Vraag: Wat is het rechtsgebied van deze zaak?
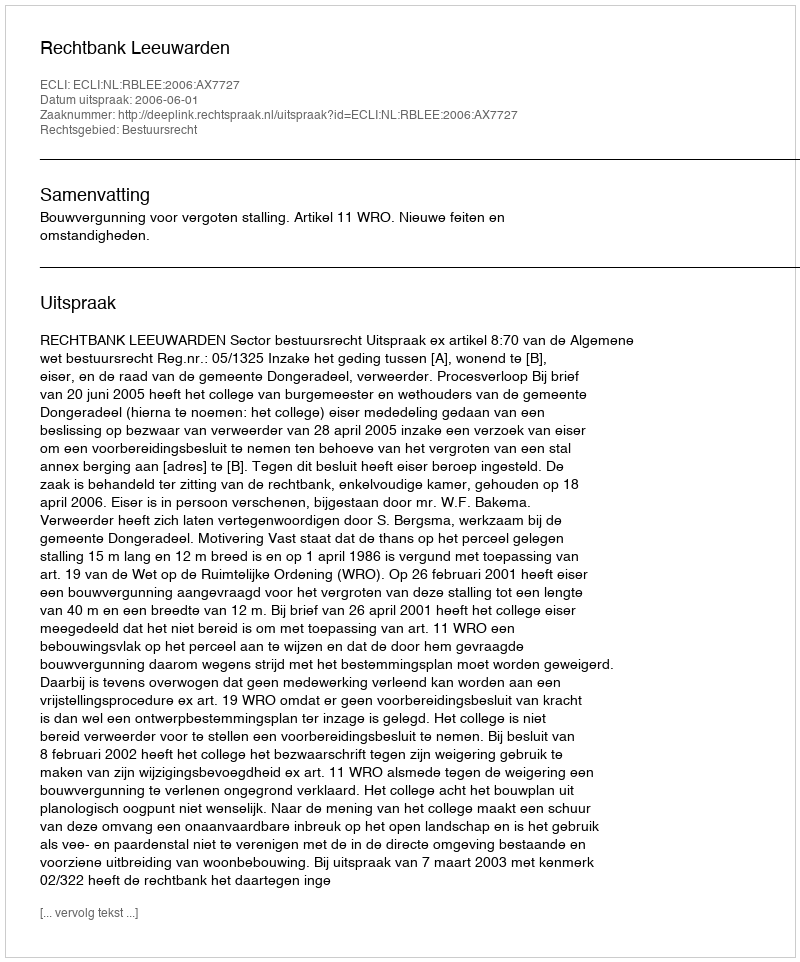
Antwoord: Bestuursrecht